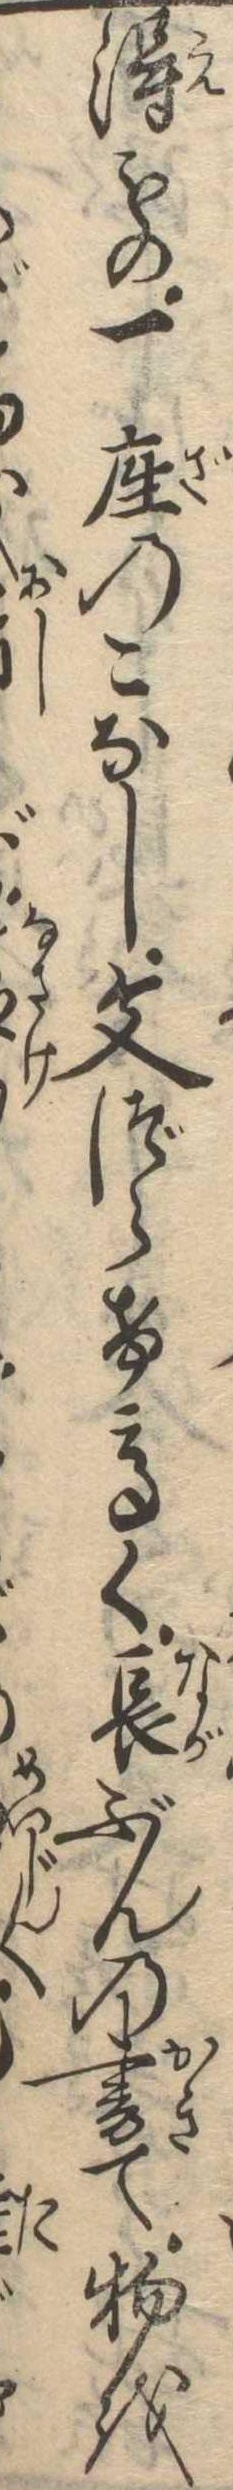
得もの一座のこなし文づらけ高く長ぶんの書て物を